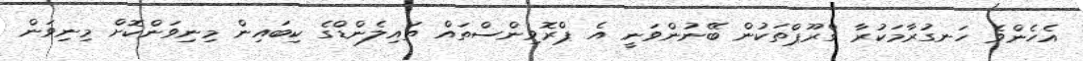
އެހެންވެ ހަނގުރާމަކުރާ ގްރޫޕްތަކުން ބޭނުންވަނީ އެ ޕްރޮވިންސްތައް ތައިލެންޑްގެ ކިބައިން މިނިވަންކޮށް މިނިވަން